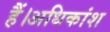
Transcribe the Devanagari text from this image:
हैं।अधिकांश